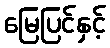
မြေပြင်နှင့်